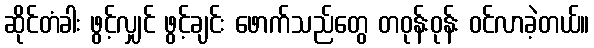
ဆိုင်တံခါး ဖွင့်လျှင် ဖွင့်ချင်း ဖောက်သည်တွေ တဝုန်းဝုန်း ဝင်လာခဲ့တယ်။